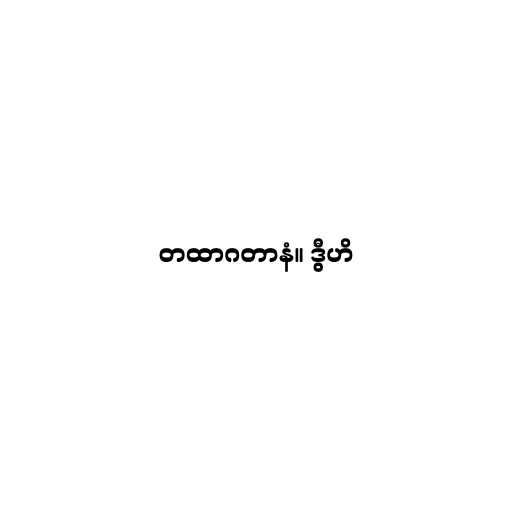
တထာဂတာနံ။ ဒွီဟိ